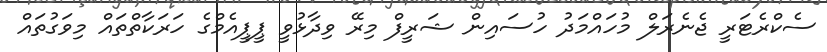
ސެކްރެޓަރީ ޖެނެރަލް މުހައްމަދު ހުސައިން ޝަރީފް މިރޭ ވިދާޅުވީ ޕީޕީއެމްގެ ހަރަކާތްތައް މިވަގުތައް